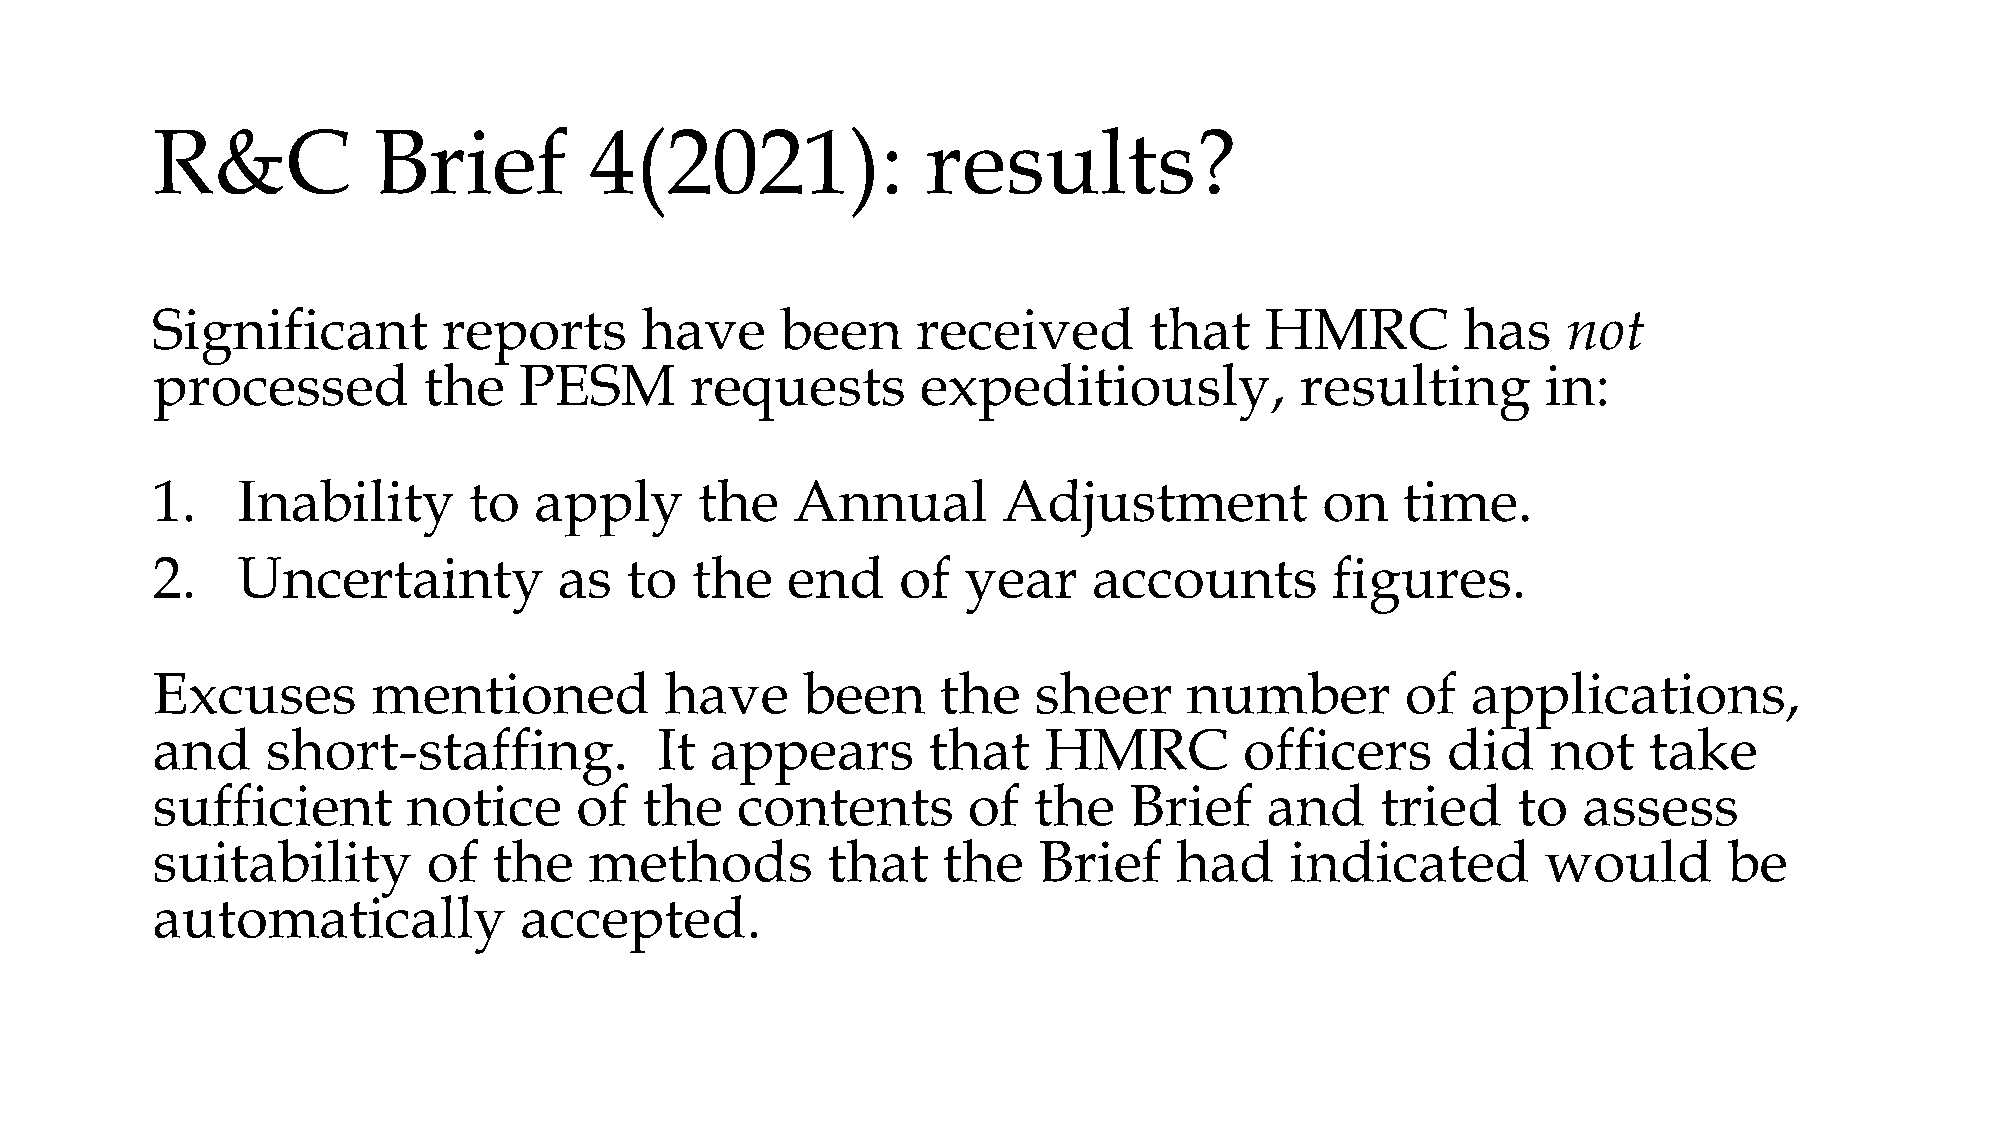
R&C            Brief         4(2021):              results?
 Significant        reports      have      been     received       that    HMRC         has    not
 processed         the   PESM        requests       expeditiously,           resulting       in:
 1.    Inability      to  apply      the   Annual        Adjustment            on   time.
 2.    Uncertainty          as  to   the   end     of  year    accounts        figures.
 Excuses        mentioned          have     been     the   sheer      number        of  applications,
 and     short-staffing.          It  appears       that    HMRC         officers      did    not   take
 sufficient       notice     of  the    contents       of  the    Brief    and    tried    to   assess
 suitability       of   the   methods         that   the    Brief    had    indicated        would       be
 automatically           accepted.